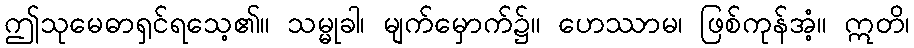
ဤသုမေဓာရှင်ရသေ့၏။ သမ္မုခါ၊ မျက်မှောက်၌။ ဟေဿာမ၊ ဖြစ်ကုန်အံ့။ ဣတိ၊